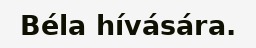
Béla hívására.